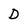
Character: D